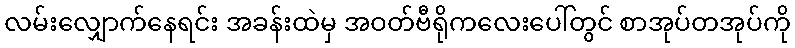
လမ်းလျှောက်နေရင်း အခန်းထဲမှ အဝတ်ဗီရိုကလေးပေါ်တွင် စာအုပ်တအုပ်ကို